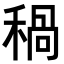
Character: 𥠁